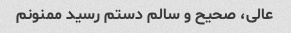
عالی، صحیح و سالم دستم رسید ممنونم